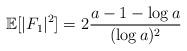
LaTeX: \begin{align*}\mathbb{E}[ |F_1|^2 ]= 2\frac{a-1-\log{a}}{(\log{a})^2}\end{align*}